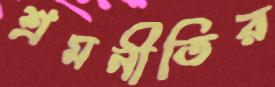
শ্রমনীতির